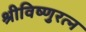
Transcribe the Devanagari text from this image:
श्रीविष्णुरत्न